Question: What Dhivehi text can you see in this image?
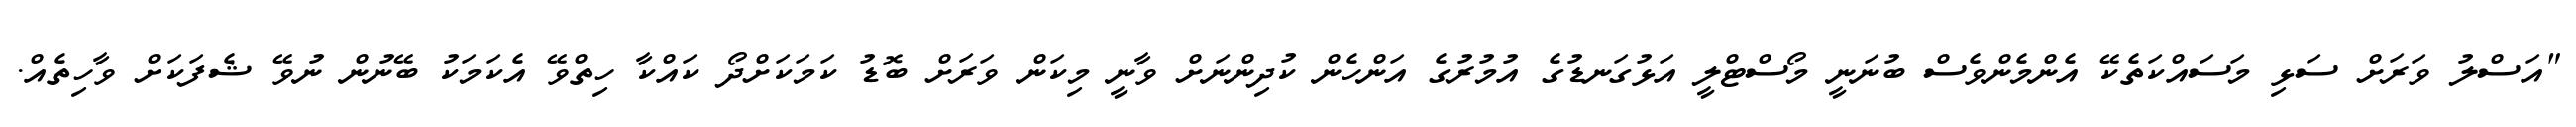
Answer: "އަސްލު ވަރަށް ސަޅި މަސައްކަތެކޭ އެންމެންވެސް ބުނަނީ މޯސްޓްލީ އަޅުގަނޑުގެ އުމުރުގެ އަންހެން ކުދިންނަށް ވާނީ މިކަން ވަރަށް ބޮޑު ކަމަކަށްދޯ ކައްކާ ހިތްވޭ އެކަމަކު ބޭނުން ނުވޭ ޝެފަކަށް ވާހިތެއް.